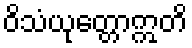
ဝိသံယုတ္တောဣတိ